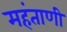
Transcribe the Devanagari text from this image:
महंताणी